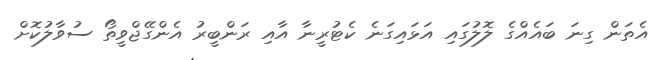
އެތަން ގިނަ ބައެއްގެ ލޮލުގައި އަޅައިގަނެ ކެޓުރީނާ އާއި ރަންބީރު އެންގޭޖްވީތޯ ސުވާލުކޮށް